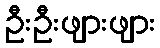
ဦးဦးဖျားဖျား